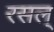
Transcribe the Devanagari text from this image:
रसल्